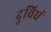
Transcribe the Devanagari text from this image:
दुविधं